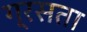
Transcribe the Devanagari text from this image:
ग्रसता